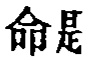
是命